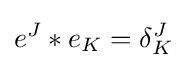
e^{J}*e_{K}=\delta _{K}^{J}\